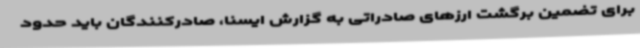
برای تضمین برگشت ارزهای صادراتی به گزارش ایسنا، صادرکنندگان باید حدود